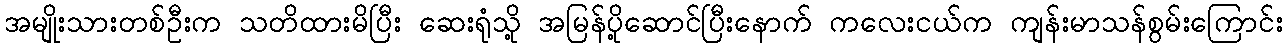
အမျိုးသားတစ်ဦးက သတိထားမိပြီး ဆေးရုံသို့ အမြန်ပို့ဆောင်ပြီးနောက် ကလေးငယ်က ကျန်းမာသန်စွမ်းကြောင်း